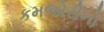
કમજોરીનો